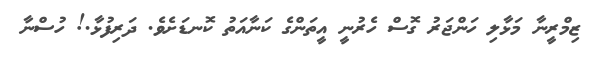
ޒިމްރީނާ މަޅާލި ހަންޖަރު ގޮސް ހެރުނީ އީތަންގެ ކަނާއަތު ކޮނޑަށެވެ. ދަރިފުޅާ.! ހުސްނާ